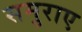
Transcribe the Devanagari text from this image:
समुराए